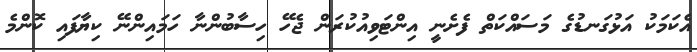
އެކަމަކު އަޅުގަނޑުގެ މަސައްކަތް ފެށެނީ އިންޓަވިއުކުރަން ޖެހޭ ހިސާބުންނާ ހަމައިންނޭ ކިޔާފައި ކޮންމެ